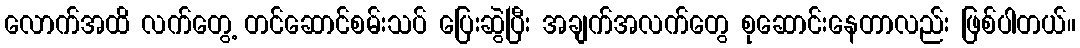
လောက်အထိ လက်တွေ့ တင်ဆောင်စမ်းသပ် ပြေးဆွဲပြီး အချက်အလက်တွေ စုဆောင်းနေတာလည်း ဖြစ်ပါတယ်။